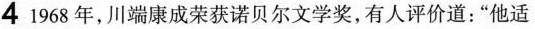
4 1968年，川端康成荣获诺贝尔文学奖，有人评价道：“他适